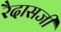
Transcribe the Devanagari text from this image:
रैदासजी